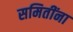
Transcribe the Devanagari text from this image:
समितींना